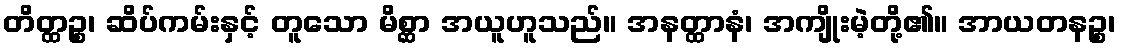
တိတ္ထဉ္စ၊ ဆိပ်ကမ်းနှင့် တူသော မိစ္ဆာ အယူဟူသည်။ အနတ္ထာနံ၊ အကျိုးမဲ့တို့၏။ အာယတနဉ္စ၊